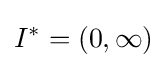
I^{*}=(0,\infty )